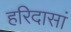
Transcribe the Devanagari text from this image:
हरिदासां